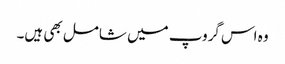
وہ اس گروپ میں شامل بھی ہیں۔